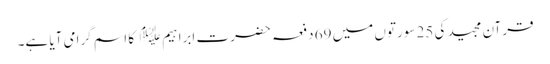
قرآن مجید کی 25 سورتوں میں 69 دفعہ حضرت ابراہیم ﷤ کا اسم گرامی آیا ہے۔